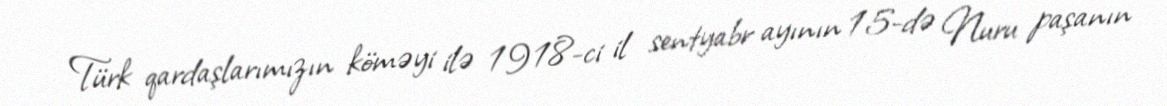
Türk qardaşlarımızın köməyi ilə 1918-ci il sentyabr ayının 15-də Nuru paşanın